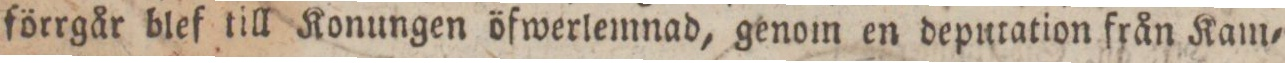
förrgår blef till Konungen öfwerlemnad, genom en deputation från Kam=